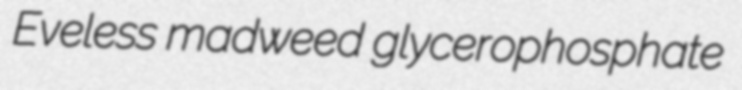
Eveless madweed glycerophosphate